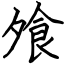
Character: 飧